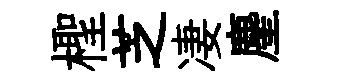
檉芝凄麈